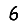
Digit: 6